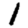
Digit: 1